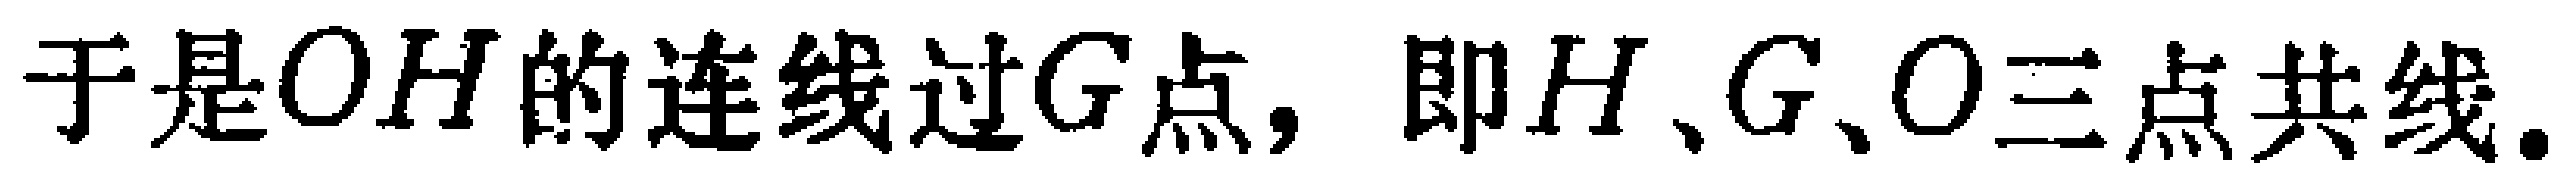
于是\(OH\)的连线过\(G\)点，即\(H\)、\(G\)、\(O\)三点共线.